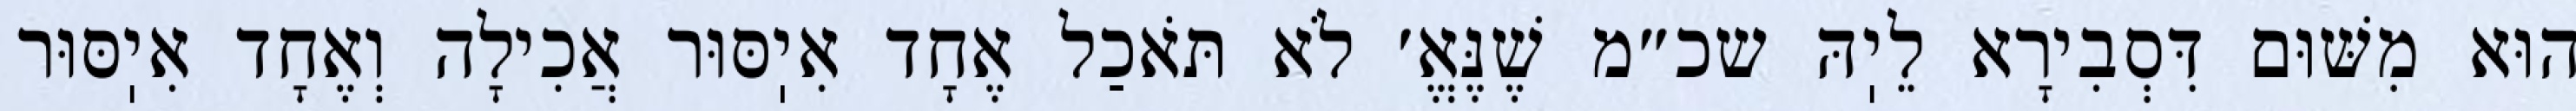
הוּא מִשּׁוּם דִּסְבִירָא לֵיֽהּ שכ״מ שֶׁנֶּאֱ׳ לֹא תֹּאכַל אֶחָד אִיֽסּוּר אֲכִילָה וְאֶחָד אִיֽסּוּר